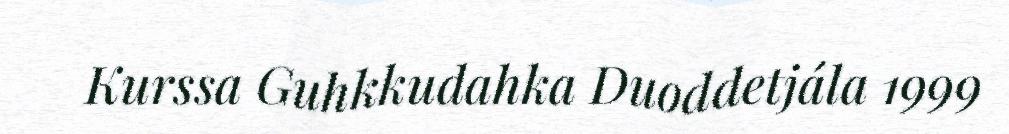
Kurssa Guhkkudahka Duoddetjála 1999